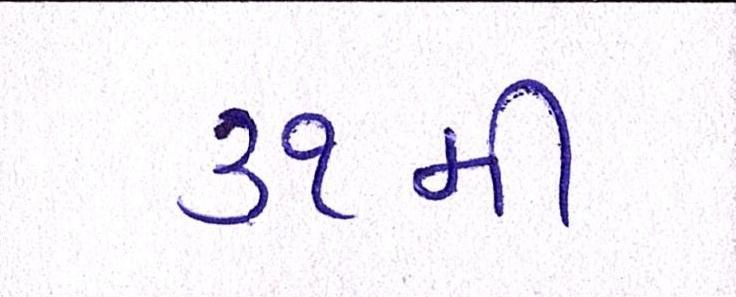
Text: ૩૧મી